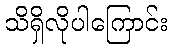
သိရှိလိုပါကြောင်း